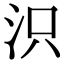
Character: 𣲵